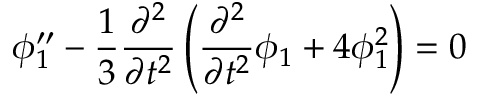
\phi _ { 1 } ^ { \prime \prime } - \frac { 1 } { 3 } \frac { \partial ^ { 2 } } { \partial t ^ { 2 } } \left( \frac { \partial ^ { 2 } } { \partial t ^ { 2 } } { \phi } _ { 1 } + 4 \phi _ { 1 } ^ { 2 } \right) = 0